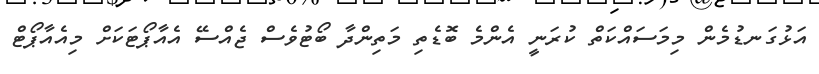
އަޅުގަނޑުމެން މިމަސައްކަތް ކުރަނީ އެންމެ ބޮޑެތި މަތިންދާ ބޯޓުވެސް ޖެއްސޭ އެއާޕޯޓަކަށް މިއެއާޕޯޓް